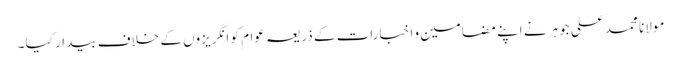
مولانا محمد علی جوہر نے اپنے مضامین و اخبارات کے ذریعہ عوام کو انگریزوں کے خلاف بیدار کیا۔